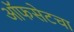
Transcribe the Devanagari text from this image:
ऑफसेटचा